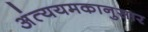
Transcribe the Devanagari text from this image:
अंत्ययमकानुसार